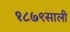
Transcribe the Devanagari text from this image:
१८७९साली